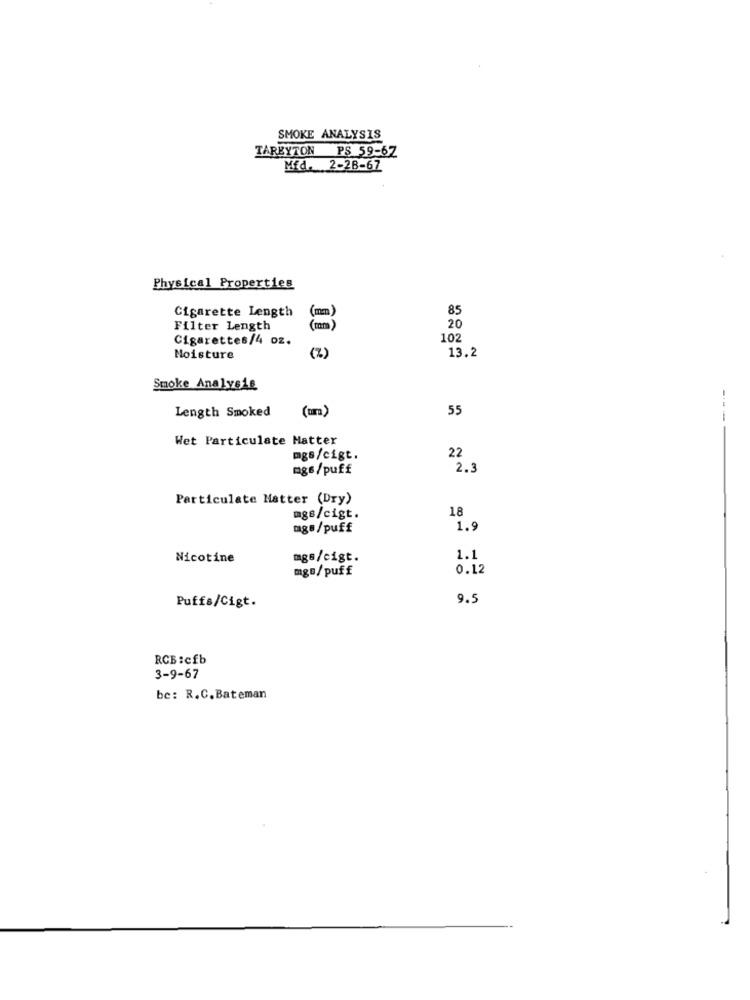
SMOKE ANALYSIS
TAREYTON PS 59-67
Mfd. 2-28-67
Physical Properties
Cigarette Length
85
(mm)
Filter Length
(mm)
20
Cigarettes/4 oz.
102
(%)
Moisture
13.2
Smoke Analysis
Length Smoked
(um)
55
Wet Particulate Matter
mgs/cigt.
22
mgs/puff
2.3
Particulate Matter (Dry)
18
mgs/cigt.
mg#/puff
1.9
Nicotine
mgB/cigt.
1.1
mg=/puff
0.12
9.5
Puffs/Cigt.
RCB:cfb
3-9-67
be: R.C. Bateman